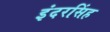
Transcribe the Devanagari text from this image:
इंदरसिंह